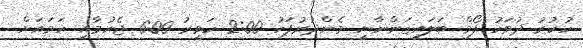
ހުކުރު ދުވަހު ފޯމް ބަލައިގަންނާނީ މެންދުރުފަހު 2:00 ހަވީރު 6:00 ޖެހުމާއި ހަމައަށް